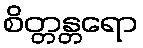
စိတ္တန္တရော